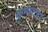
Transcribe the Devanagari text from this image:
कुमाराचा